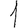
Digit: 1